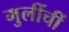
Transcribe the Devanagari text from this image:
मुलींचीं